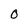
Character: O